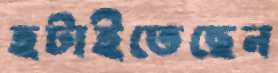
হটাইতেছেন